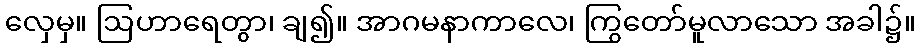
လှေမှ။ ဩဟာရေတွာ၊ ချ၍။ အာဂမနာကာလေ၊ ကြွတော်မူလာသော အခါ၌။